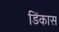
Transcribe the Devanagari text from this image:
डिंकास